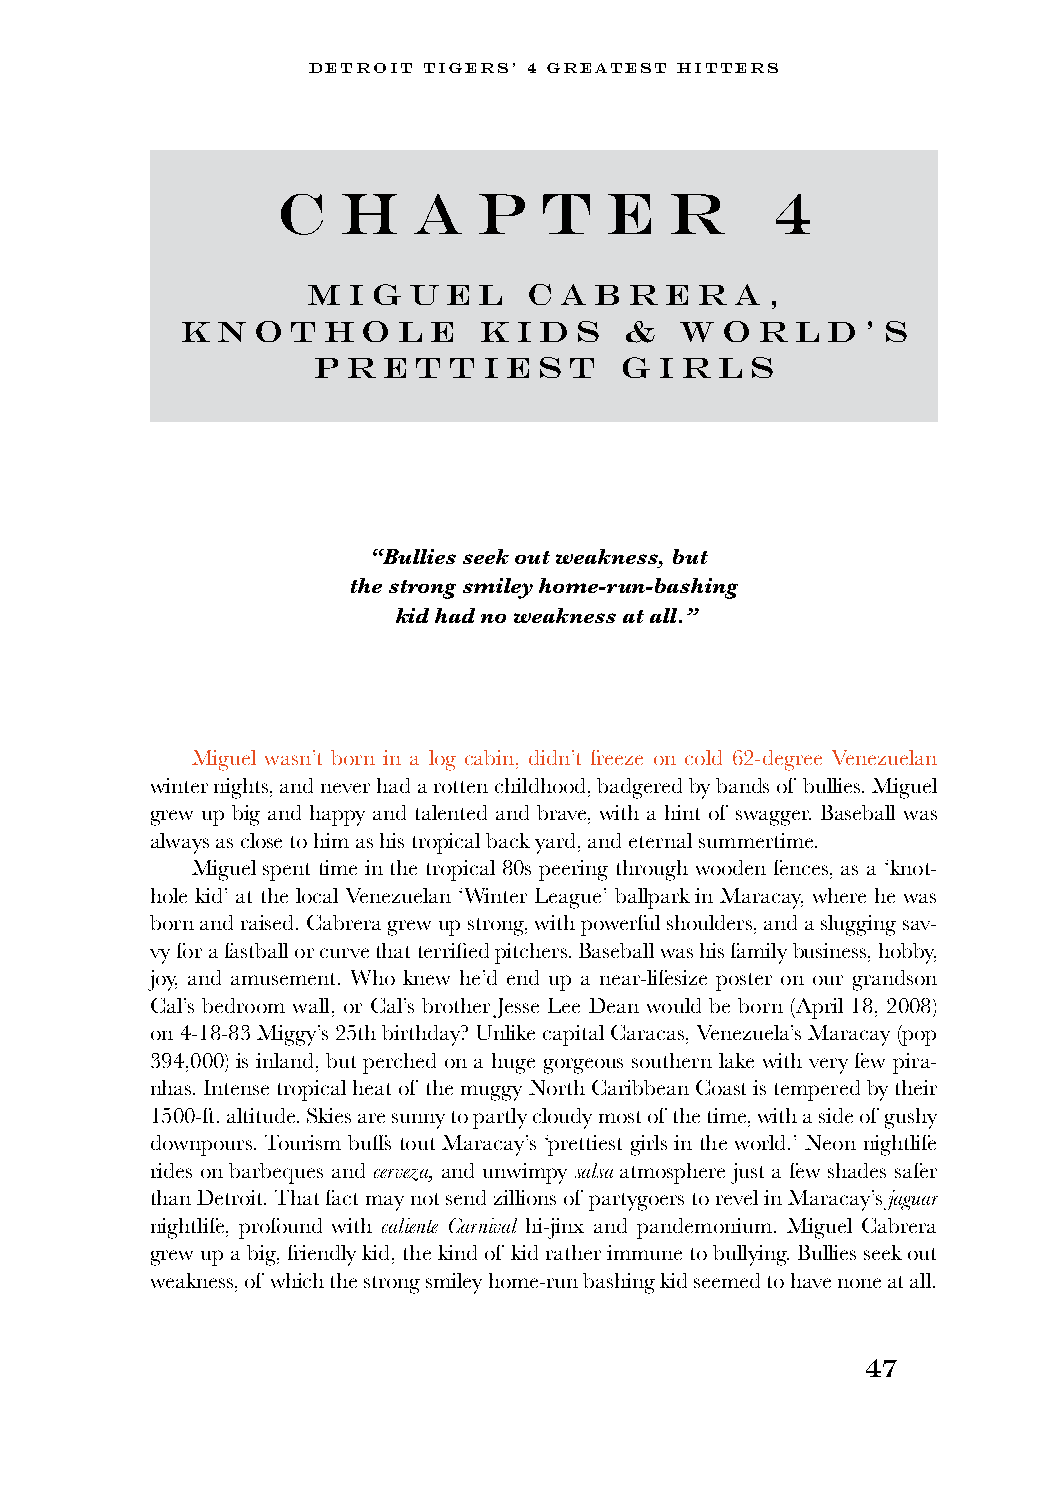
DETROIT TIGERS’ 4 GREATEST HITTERS
 C    H   A    P   T   E   R      4
 m  i g u  e l  c a b  r e r  a ,
 k n  o t h  o l e   k i d s  &   w  o r  l d ’ s
 p r e  t t i e s t  g  i r l s
 “Bullies seek out weakness, but
 the strong smiley home-run-bashing
 kid had no weakness at all.”
 Miguel wasn’t born in a log cabin, didn’t freeze on cold 62-degree Venezuelan
 winter nights, and never had a rotten childhood, badgered by bands of bullies. Miguel
 grew up big and happy and talented and brave, with a hint of swagger. Baseball was
 always as close to him as his tropical back yard, and eternal summertime.
 Miguel spent time in the tropical 80s peering through wooden fences, as a ‘knot-
 hole kid’ at the local Venezuelan ‘Winter League’ ballpark in Maracay, where he was
 born and raised. Cabrera grew up strong, with powerful shoulders, and a slugging sav-
 vy for a fastball or curve that terrified pitchers. Baseball was his family business, hobby,
 joy, and amusement. Who knew he’d end up a near-lifesize poster on our grandson
 Cal’s bedroom wall, or Cal’s brother Jesse Lee Dean would be born (April 18, 2008)
 on 4-18-83 Miggy’s 25th birthday? Unlike capital Caracas, Venezuela’s Maracay (pop
 394,000) is inland, but perched on a huge gorgeous southern lake with very few pira-
 nhas. Intense tropical heat of the muggy North Caribbean Coast is tempered by their
 1500-ft. altitude. Skies are sunny to partly cloudy most of the time, with a side of gushy
 downpours. Tourism buffs tout Maracay’s ‘prettiest girls in the world.’ Neon nightlife
 rides on barbeques and cerveza, and unwimpy salsa atmosphere just a few shades safer
 than Detroit. That fact may not send zillions of partygoers to revel in Maracay’s jaguar
 nightlife, profound with caliente Carnival hi-jinx and pandemonium. Miguel Cabrera
 grew up a big, friendly kid, the kind of kid rather immune to bullying. Bullies seek out
 weakness, of which the strong smiley home-run bashing kid seemed to have none at all.
 47